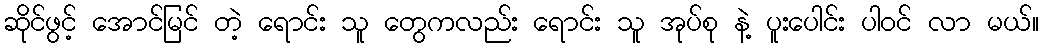
ဆိုင်ဖွင့် အောင်မြင် တဲ့ ရောင်း သူ တွေကလည်း ရောင်း သူ အုပ်စု နဲ့ ပူးပေါင်း ပါ၀င် လာ မယ်။